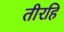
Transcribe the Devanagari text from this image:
तीरहि